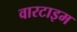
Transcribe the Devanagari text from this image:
वारटाइम